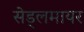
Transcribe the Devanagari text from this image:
सेड्लमायर